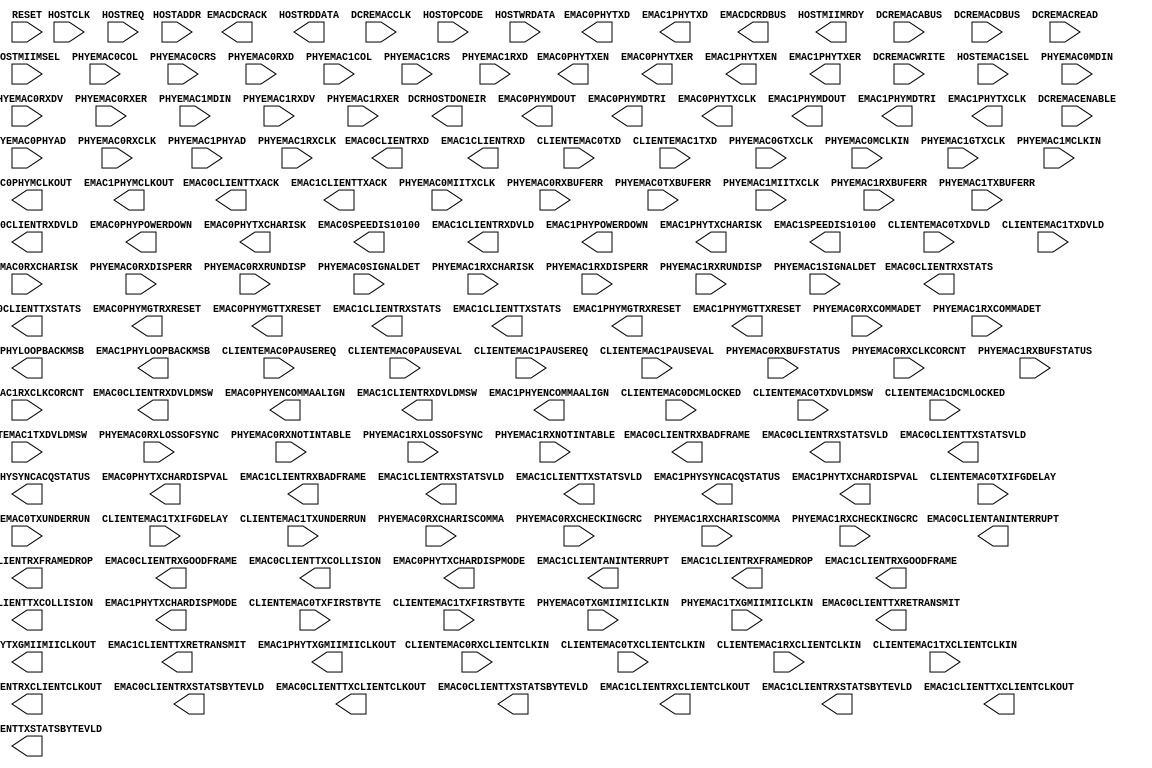
///////////////////////////////////////////////////////////
//  Copyright (c) 1995/2006 Xilinx Inc.
//  All Right Reserved.
///////////////////////////////////////////////////////////
//
//   ____   ___
//  /   /\/   / 
// /___/  \  /    Vendor      : Xilinx 
// \  \    \/     Version : 10.1
//  \  \          Description : Xilinx Formal Library Component
//  /  /                        Tri-Mode Ethernet MAC
// /__/   /\      Filename    : TEMAC.v
// \  \  /  \     Timestamp   : Tue Nov 13 2007    
//  \__\/\__ \                    
//                                 
//  Revision:
//    11/12/07 - Initial version.
//  End Revision
///////////////////////////////////////////////////////////

`timescale 1 ps / 1 ps 

module TEMAC (
	DCRHOSTDONEIR,
	EMAC0CLIENTANINTERRUPT,
	EMAC0CLIENTRXBADFRAME,
	EMAC0CLIENTRXCLIENTCLKOUT,
	EMAC0CLIENTRXD,
	EMAC0CLIENTRXDVLD,
	EMAC0CLIENTRXDVLDMSW,
	EMAC0CLIENTRXFRAMEDROP,
	EMAC0CLIENTRXGOODFRAME,
	EMAC0CLIENTRXSTATS,
	EMAC0CLIENTRXSTATSBYTEVLD,
	EMAC0CLIENTRXSTATSVLD,
	EMAC0CLIENTTXACK,
	EMAC0CLIENTTXCLIENTCLKOUT,
	EMAC0CLIENTTXCOLLISION,
	EMAC0CLIENTTXRETRANSMIT,
	EMAC0CLIENTTXSTATS,
	EMAC0CLIENTTXSTATSBYTEVLD,
	EMAC0CLIENTTXSTATSVLD,
	EMAC0PHYENCOMMAALIGN,
	EMAC0PHYLOOPBACKMSB,
	EMAC0PHYMCLKOUT,
	EMAC0PHYMDOUT,
	EMAC0PHYMDTRI,
	EMAC0PHYMGTRXRESET,
	EMAC0PHYMGTTXRESET,
	EMAC0PHYPOWERDOWN,
	EMAC0PHYSYNCACQSTATUS,
	EMAC0PHYTXCHARDISPMODE,
	EMAC0PHYTXCHARDISPVAL,
	EMAC0PHYTXCHARISK,
	EMAC0PHYTXCLK,
	EMAC0PHYTXD,
	EMAC0PHYTXEN,
	EMAC0PHYTXER,
	EMAC0PHYTXGMIIMIICLKOUT,
	EMAC0SPEEDIS10100,
	EMAC1CLIENTANINTERRUPT,
	EMAC1CLIENTRXBADFRAME,
	EMAC1CLIENTRXCLIENTCLKOUT,
	EMAC1CLIENTRXD,
	EMAC1CLIENTRXDVLD,
	EMAC1CLIENTRXDVLDMSW,
	EMAC1CLIENTRXFRAMEDROP,
	EMAC1CLIENTRXGOODFRAME,
	EMAC1CLIENTRXSTATS,
	EMAC1CLIENTRXSTATSBYTEVLD,
	EMAC1CLIENTRXSTATSVLD,
	EMAC1CLIENTTXACK,
	EMAC1CLIENTTXCLIENTCLKOUT,
	EMAC1CLIENTTXCOLLISION,
	EMAC1CLIENTTXRETRANSMIT,
	EMAC1CLIENTTXSTATS,
	EMAC1CLIENTTXSTATSBYTEVLD,
	EMAC1CLIENTTXSTATSVLD,
	EMAC1PHYENCOMMAALIGN,
	EMAC1PHYLOOPBACKMSB,
	EMAC1PHYMCLKOUT,
	EMAC1PHYMDOUT,
	EMAC1PHYMDTRI,
	EMAC1PHYMGTRXRESET,
	EMAC1PHYMGTTXRESET,
	EMAC1PHYPOWERDOWN,
	EMAC1PHYSYNCACQSTATUS,
	EMAC1PHYTXCHARDISPMODE,
	EMAC1PHYTXCHARDISPVAL,
	EMAC1PHYTXCHARISK,
	EMAC1PHYTXCLK,
	EMAC1PHYTXD,
	EMAC1PHYTXEN,
	EMAC1PHYTXER,
	EMAC1PHYTXGMIIMIICLKOUT,
	EMAC1SPEEDIS10100,
	EMACDCRACK,
	EMACDCRDBUS,
	HOSTMIIMRDY,
	HOSTRDDATA,

	CLIENTEMAC0DCMLOCKED,
	CLIENTEMAC0PAUSEREQ,
	CLIENTEMAC0PAUSEVAL,
	CLIENTEMAC0RXCLIENTCLKIN,
	CLIENTEMAC0TXCLIENTCLKIN,
	CLIENTEMAC0TXD,
	CLIENTEMAC0TXDVLD,
	CLIENTEMAC0TXDVLDMSW,
	CLIENTEMAC0TXFIRSTBYTE,
	CLIENTEMAC0TXIFGDELAY,
	CLIENTEMAC0TXUNDERRUN,
	CLIENTEMAC1DCMLOCKED,
	CLIENTEMAC1PAUSEREQ,
	CLIENTEMAC1PAUSEVAL,
	CLIENTEMAC1RXCLIENTCLKIN,
	CLIENTEMAC1TXCLIENTCLKIN,
	CLIENTEMAC1TXD,
	CLIENTEMAC1TXDVLD,
	CLIENTEMAC1TXDVLDMSW,
	CLIENTEMAC1TXFIRSTBYTE,
	CLIENTEMAC1TXIFGDELAY,
	CLIENTEMAC1TXUNDERRUN,
	DCREMACABUS,
	DCREMACCLK,
	DCREMACDBUS,
	DCREMACENABLE,
	DCREMACREAD,
	DCREMACWRITE,
	HOSTADDR,
	HOSTCLK,
	HOSTEMAC1SEL,
	HOSTMIIMSEL,
	HOSTOPCODE,
	HOSTREQ,
	HOSTWRDATA,
	PHYEMAC0COL,
	PHYEMAC0CRS,
	PHYEMAC0GTXCLK,
	PHYEMAC0MCLKIN,
	PHYEMAC0MDIN,
	PHYEMAC0MIITXCLK,
	PHYEMAC0PHYAD,
	PHYEMAC0RXBUFERR,
	PHYEMAC0RXBUFSTATUS,
	PHYEMAC0RXCHARISCOMMA,
	PHYEMAC0RXCHARISK,
	PHYEMAC0RXCHECKINGCRC,
	PHYEMAC0RXCLK,
	PHYEMAC0RXCLKCORCNT,
	PHYEMAC0RXCOMMADET,
	PHYEMAC0RXD,
	PHYEMAC0RXDISPERR,
	PHYEMAC0RXDV,
	PHYEMAC0RXER,
	PHYEMAC0RXLOSSOFSYNC,
	PHYEMAC0RXNOTINTABLE,
	PHYEMAC0RXRUNDISP,
	PHYEMAC0SIGNALDET,
	PHYEMAC0TXBUFERR,
	PHYEMAC0TXGMIIMIICLKIN,
	PHYEMAC1COL,
	PHYEMAC1CRS,
	PHYEMAC1GTXCLK,
	PHYEMAC1MCLKIN,
	PHYEMAC1MDIN,
	PHYEMAC1MIITXCLK,
	PHYEMAC1PHYAD,
	PHYEMAC1RXBUFERR,
	PHYEMAC1RXBUFSTATUS,
	PHYEMAC1RXCHARISCOMMA,
	PHYEMAC1RXCHARISK,
	PHYEMAC1RXCHECKINGCRC,
	PHYEMAC1RXCLK,
	PHYEMAC1RXCLKCORCNT,
	PHYEMAC1RXCOMMADET,
	PHYEMAC1RXD,
	PHYEMAC1RXDISPERR,
	PHYEMAC1RXDV,
	PHYEMAC1RXER,
	PHYEMAC1RXLOSSOFSYNC,
	PHYEMAC1RXNOTINTABLE,
	PHYEMAC1RXRUNDISP,
	PHYEMAC1SIGNALDET,
	PHYEMAC1TXBUFERR,
	PHYEMAC1TXGMIIMIICLKIN,
	RESET

);


parameter EMAC0_1000BASEX_ENABLE = "FALSE";
parameter EMAC0_ADDRFILTER_ENABLE = "FALSE";
parameter EMAC0_BYTEPHY = "FALSE";
parameter EMAC0_CONFIGVEC_79 = "FALSE";
parameter EMAC0_GTLOOPBACK = "FALSE";
parameter EMAC0_HOST_ENABLE = "FALSE";
parameter EMAC0_LTCHECK_DISABLE = "FALSE";
parameter EMAC0_MDIO_ENABLE = "FALSE";
parameter EMAC0_PHYINITAUTONEG_ENABLE = "FALSE";
parameter EMAC0_PHYISOLATE = "FALSE";
parameter EMAC0_PHYLOOPBACKMSB = "FALSE";
parameter EMAC0_PHYPOWERDOWN = "FALSE";
parameter EMAC0_PHYRESET = "FALSE";
parameter EMAC0_RGMII_ENABLE = "FALSE";
parameter EMAC0_RX16BITCLIENT_ENABLE = "FALSE";
parameter EMAC0_RXFLOWCTRL_ENABLE = "FALSE";
parameter EMAC0_RXHALFDUPLEX = "FALSE";
parameter EMAC0_RXINBANDFCS_ENABLE = "FALSE";
parameter EMAC0_RXJUMBOFRAME_ENABLE = "FALSE";
parameter EMAC0_RXRESET = "FALSE";
parameter EMAC0_RXVLAN_ENABLE = "FALSE";
parameter EMAC0_RX_ENABLE = "FALSE";
parameter EMAC0_SGMII_ENABLE = "FALSE";
parameter EMAC0_SPEED_LSB = "FALSE";
parameter EMAC0_SPEED_MSB = "FALSE";
parameter EMAC0_TX16BITCLIENT_ENABLE = "FALSE";
parameter EMAC0_TXFLOWCTRL_ENABLE = "FALSE";
parameter EMAC0_TXHALFDUPLEX = "FALSE";
parameter EMAC0_TXIFGADJUST_ENABLE = "FALSE";
parameter EMAC0_TXINBANDFCS_ENABLE = "FALSE";
parameter EMAC0_TXJUMBOFRAME_ENABLE = "FALSE";
parameter EMAC0_TXRESET = "FALSE";
parameter EMAC0_TXVLAN_ENABLE = "FALSE";
parameter EMAC0_TX_ENABLE = "FALSE";
parameter EMAC0_UNIDIRECTION_ENABLE = "FALSE";
parameter EMAC0_USECLKEN = "FALSE";
parameter EMAC1_1000BASEX_ENABLE = "FALSE";
parameter EMAC1_ADDRFILTER_ENABLE = "FALSE";
parameter EMAC1_BYTEPHY = "FALSE";
parameter EMAC1_CONFIGVEC_79 = "FALSE";
parameter EMAC1_GTLOOPBACK = "FALSE";
parameter EMAC1_HOST_ENABLE = "FALSE";
parameter EMAC1_LTCHECK_DISABLE = "FALSE";
parameter EMAC1_MDIO_ENABLE = "FALSE";
parameter EMAC1_PHYINITAUTONEG_ENABLE = "FALSE";
parameter EMAC1_PHYISOLATE = "FALSE";
parameter EMAC1_PHYLOOPBACKMSB = "FALSE";
parameter EMAC1_PHYPOWERDOWN = "FALSE";
parameter EMAC1_PHYRESET = "FALSE";
parameter EMAC1_RGMII_ENABLE = "FALSE";
parameter EMAC1_RX16BITCLIENT_ENABLE = "FALSE";
parameter EMAC1_RXFLOWCTRL_ENABLE = "FALSE";
parameter EMAC1_RXHALFDUPLEX = "FALSE";
parameter EMAC1_RXINBANDFCS_ENABLE = "FALSE";
parameter EMAC1_RXJUMBOFRAME_ENABLE = "FALSE";
parameter EMAC1_RXRESET = "FALSE";
parameter EMAC1_RXVLAN_ENABLE = "FALSE";
parameter EMAC1_RX_ENABLE = "FALSE";
parameter EMAC1_SGMII_ENABLE = "FALSE";
parameter EMAC1_SPEED_LSB = "FALSE";
parameter EMAC1_SPEED_MSB = "FALSE";
parameter EMAC1_TX16BITCLIENT_ENABLE = "FALSE";
parameter EMAC1_TXFLOWCTRL_ENABLE = "FALSE";
parameter EMAC1_TXHALFDUPLEX = "FALSE";
parameter EMAC1_TXIFGADJUST_ENABLE = "FALSE";
parameter EMAC1_TXINBANDFCS_ENABLE = "FALSE";
parameter EMAC1_TXJUMBOFRAME_ENABLE = "FALSE";
parameter EMAC1_TXRESET = "FALSE";
parameter EMAC1_TXVLAN_ENABLE = "FALSE";
parameter EMAC1_TX_ENABLE = "FALSE";
parameter EMAC1_UNIDIRECTION_ENABLE = "FALSE";
parameter EMAC1_USECLKEN = "FALSE";
parameter [0:7] EMAC0_DCRBASEADDR = 8'h00;
parameter [0:7] EMAC1_DCRBASEADDR = 8'h00;
parameter [47:0] EMAC0_PAUSEADDR = 48'h000000000000;
parameter [47:0] EMAC0_UNICASTADDR = 48'h000000000000;
parameter [47:0] EMAC1_PAUSEADDR = 48'h000000000000;
parameter [47:0] EMAC1_UNICASTADDR = 48'h000000000000;
parameter [8:0] EMAC0_LINKTIMERVAL = 9'h000;
parameter [8:0] EMAC1_LINKTIMERVAL = 9'h000;

// Separate MIITXCLK delays are used to allow EMAC0/1 configuration to modes other than 16-bit client
//localparam EMAC0MIITXCLK_DELAY = (EMAC0_TX16BITCLIENT_ENABLE == "TRUE") ? 25 : CLK_DELAY;
//localparam EMAC1MIITXCLK_DELAY = (EMAC1_TX16BITCLIENT_ENABLE == "TRUE") ? 25 : CLK_DELAY;

output DCRHOSTDONEIR;
output EMAC0CLIENTANINTERRUPT;
output EMAC0CLIENTRXBADFRAME;
output EMAC0CLIENTRXCLIENTCLKOUT;
output EMAC0CLIENTRXDVLD;
output EMAC0CLIENTRXDVLDMSW;
output EMAC0CLIENTRXFRAMEDROP;
output EMAC0CLIENTRXGOODFRAME;
output EMAC0CLIENTRXSTATSBYTEVLD;
output EMAC0CLIENTRXSTATSVLD;
output EMAC0CLIENTTXACK;
output EMAC0CLIENTTXCLIENTCLKOUT;
output EMAC0CLIENTTXCOLLISION;
output EMAC0CLIENTTXRETRANSMIT;
output EMAC0CLIENTTXSTATS;
output EMAC0CLIENTTXSTATSBYTEVLD;
output EMAC0CLIENTTXSTATSVLD;
output EMAC0PHYENCOMMAALIGN;
output EMAC0PHYLOOPBACKMSB;
output EMAC0PHYMCLKOUT;
output EMAC0PHYMDOUT;
output EMAC0PHYMDTRI;
output EMAC0PHYMGTRXRESET;
output EMAC0PHYMGTTXRESET;
output EMAC0PHYPOWERDOWN;
output EMAC0PHYSYNCACQSTATUS;
output EMAC0PHYTXCHARDISPMODE;
output EMAC0PHYTXCHARDISPVAL;
output EMAC0PHYTXCHARISK;
output EMAC0PHYTXCLK;
output EMAC0PHYTXEN;
output EMAC0PHYTXER;
output EMAC0PHYTXGMIIMIICLKOUT;
output EMAC0SPEEDIS10100;
output EMAC1CLIENTANINTERRUPT;
output EMAC1CLIENTRXBADFRAME;
output EMAC1CLIENTRXCLIENTCLKOUT;
output EMAC1CLIENTRXDVLD;
output EMAC1CLIENTRXDVLDMSW;
output EMAC1CLIENTRXFRAMEDROP;
output EMAC1CLIENTRXGOODFRAME;
output EMAC1CLIENTRXSTATSBYTEVLD;
output EMAC1CLIENTRXSTATSVLD;
output EMAC1CLIENTTXACK;
output EMAC1CLIENTTXCLIENTCLKOUT;
output EMAC1CLIENTTXCOLLISION;
output EMAC1CLIENTTXRETRANSMIT;
output EMAC1CLIENTTXSTATS;
output EMAC1CLIENTTXSTATSBYTEVLD;
output EMAC1CLIENTTXSTATSVLD;
output EMAC1PHYENCOMMAALIGN;
output EMAC1PHYLOOPBACKMSB;
output EMAC1PHYMCLKOUT;
output EMAC1PHYMDOUT;
output EMAC1PHYMDTRI;
output EMAC1PHYMGTRXRESET;
output EMAC1PHYMGTTXRESET;
output EMAC1PHYPOWERDOWN;
output EMAC1PHYSYNCACQSTATUS;
output EMAC1PHYTXCHARDISPMODE;
output EMAC1PHYTXCHARDISPVAL;
output EMAC1PHYTXCHARISK;
output EMAC1PHYTXCLK;
output EMAC1PHYTXEN;
output EMAC1PHYTXER;
output EMAC1PHYTXGMIIMIICLKOUT;
output EMAC1SPEEDIS10100;
output EMACDCRACK;
output HOSTMIIMRDY;
output [0:31] EMACDCRDBUS;
output [15:0] EMAC0CLIENTRXD;
output [15:0] EMAC1CLIENTRXD;
output [31:0] HOSTRDDATA;
output [6:0] EMAC0CLIENTRXSTATS;
output [6:0] EMAC1CLIENTRXSTATS;
output [7:0] EMAC0PHYTXD;
output [7:0] EMAC1PHYTXD;

input CLIENTEMAC0DCMLOCKED;
input CLIENTEMAC0PAUSEREQ;
input CLIENTEMAC0RXCLIENTCLKIN;
input CLIENTEMAC0TXCLIENTCLKIN;
input CLIENTEMAC0TXDVLD;
input CLIENTEMAC0TXDVLDMSW;
input CLIENTEMAC0TXFIRSTBYTE;
input CLIENTEMAC0TXUNDERRUN;
input CLIENTEMAC1DCMLOCKED;
input CLIENTEMAC1PAUSEREQ;
input CLIENTEMAC1RXCLIENTCLKIN;
input CLIENTEMAC1TXCLIENTCLKIN;
input CLIENTEMAC1TXDVLD;
input CLIENTEMAC1TXDVLDMSW;
input CLIENTEMAC1TXFIRSTBYTE;
input CLIENTEMAC1TXUNDERRUN;
input DCREMACCLK;
input DCREMACENABLE;
input DCREMACREAD;
input DCREMACWRITE;
input HOSTCLK;
input HOSTEMAC1SEL;
input HOSTMIIMSEL;
input HOSTREQ;
input PHYEMAC0COL;
input PHYEMAC0CRS;
input PHYEMAC0GTXCLK;
input PHYEMAC0MCLKIN;
input PHYEMAC0MDIN;
input PHYEMAC0MIITXCLK;
input PHYEMAC0RXBUFERR;
input PHYEMAC0RXCHARISCOMMA;
input PHYEMAC0RXCHARISK;
input PHYEMAC0RXCHECKINGCRC;
input PHYEMAC0RXCLK;
input PHYEMAC0RXCOMMADET;
input PHYEMAC0RXDISPERR;
input PHYEMAC0RXDV;
input PHYEMAC0RXER;
input PHYEMAC0RXNOTINTABLE;
input PHYEMAC0RXRUNDISP;
input PHYEMAC0SIGNALDET;
input PHYEMAC0TXBUFERR;
input PHYEMAC0TXGMIIMIICLKIN;
input PHYEMAC1COL;
input PHYEMAC1CRS;
input PHYEMAC1GTXCLK;
input PHYEMAC1MCLKIN;
input PHYEMAC1MDIN;
input PHYEMAC1MIITXCLK;
input PHYEMAC1RXBUFERR;
input PHYEMAC1RXCHARISCOMMA;
input PHYEMAC1RXCHARISK;
input PHYEMAC1RXCHECKINGCRC;
input PHYEMAC1RXCLK;
input PHYEMAC1RXCOMMADET;
input PHYEMAC1RXDISPERR;
input PHYEMAC1RXDV;
input PHYEMAC1RXER;
input PHYEMAC1RXNOTINTABLE;
input PHYEMAC1RXRUNDISP;
input PHYEMAC1SIGNALDET;
input PHYEMAC1TXBUFERR;
input PHYEMAC1TXGMIIMIICLKIN;
input RESET;
input [0:31] DCREMACDBUS;
input [0:9] DCREMACABUS;
input [15:0] CLIENTEMAC0PAUSEVAL;
input [15:0] CLIENTEMAC0TXD;
input [15:0] CLIENTEMAC1PAUSEVAL;
input [15:0] CLIENTEMAC1TXD;
input [1:0] HOSTOPCODE;
input [1:0] PHYEMAC0RXBUFSTATUS;
input [1:0] PHYEMAC0RXLOSSOFSYNC;
input [1:0] PHYEMAC1RXBUFSTATUS;
input [1:0] PHYEMAC1RXLOSSOFSYNC;
input [2:0] PHYEMAC0RXCLKCORCNT;
input [2:0] PHYEMAC1RXCLKCORCNT;
input [31:0] HOSTWRDATA;
input [4:0] PHYEMAC0PHYAD;
input [4:0] PHYEMAC1PHYAD;
input [7:0] CLIENTEMAC0TXIFGDELAY;
input [7:0] CLIENTEMAC1TXIFGDELAY;
input [7:0] PHYEMAC0RXD;
input [7:0] PHYEMAC1RXD;
input [9:0] HOSTADDR;

endmodule